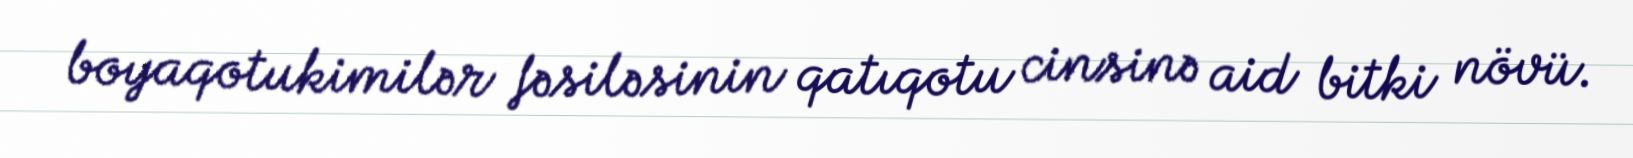
boyaqotukimilər fəsiləsinin qatıqotu cinsinə aid bitki növü.